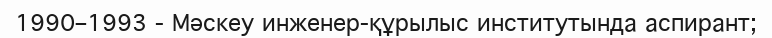
1990–1993 - Мәскеу инженер-құрылыс институтында аспирант;